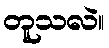
တူသလဲ။